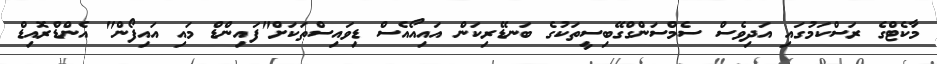
މާކެޓްގެ ރަސްކަމުގައި އަދިވެސް ސެމްސަންގްގޭބިސީތަކުގެ ބަނޑޭރިކަން އައިއޯއެސް ޑިވައިސްތަކަށް"ފައިންޑް މައި އައިފޯން" އެންޑްރޮއިޑް